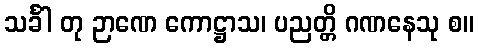
သင်္ခါ တု ဉာဏေ ကောဋ္ဌာသ၊ ပညတ္တိ ဂဏနေသု စ။